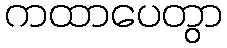
ကထာပေတွာ